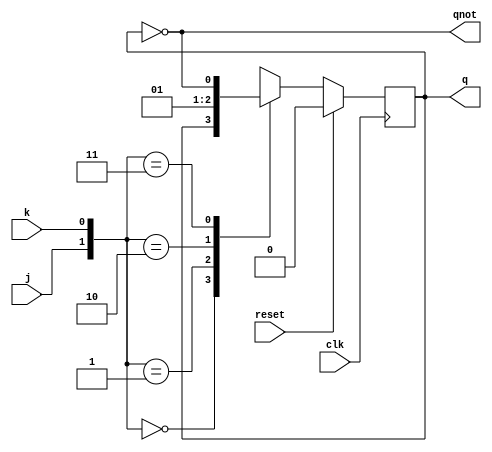
module jkff(input reset, input clk, input j, input k, output reg q,output qnot);
assign qnot=~q;
always @(posedge clk)
  if(reset) q<=1'b0; else
  case ({j,k})
2'b00: q<=q;
2'b01: q<=1'b0;
2'b10: q<=1'b1;
2'b11: q<=~q;
endcase 
endmodule